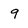
Character: 9